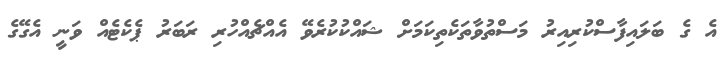
އެ ގެ ބަލައިފާސްކުރިއިރު މަސްތުވާތަކެތިކަމަށް ޝައްކުކުރެވޭ އެއްޗެއްހުރި ރަބަރު ޕެކެޓެއް ވަނީ އެގޭގެ